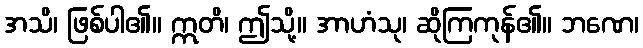
အသိ၊ ဖြစ်ပါ၏။ ဣတိ၊ ဤသို့။ အာဟံသု၊ ဆိုကြကုန်၏။ ဘဏေ၊